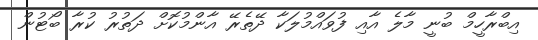
އިބްރާހީމް ބުނީ މާލެ އާއި ފުވައްމުލަކާ ދޭތެރޭ އާންމުކޮށް ދަތުރު ކުރާ ބޯޓުން